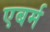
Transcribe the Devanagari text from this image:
एबर्म